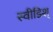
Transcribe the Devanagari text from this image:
स्वीडिश्